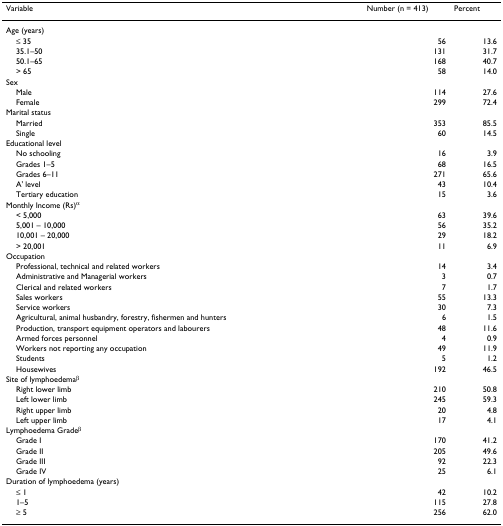
<table><thead><tr><td><b>Variable</b></td><td><b>Number (n = 413)</b></td><td><b>Percent</b></td></tr></thead><tbody><tr><td>Age (years)</td><td></td><td></td></tr><tr><td> ≤ 35</td><td>56</td><td>13.6</td></tr><tr><td> 35.1–50</td><td>131</td><td>31.7</td></tr><tr><td> 50.1–65</td><td>168</td><td>40.7</td></tr><tr><td> &gt; 65</td><td>58</td><td>14.0</td></tr><tr><td>Sex</td><td></td><td></td></tr><tr><td> Male</td><td>114</td><td>27.6</td></tr><tr><td> Female</td><td>299</td><td>72.4</td></tr><tr><td>Marital status</td><td></td><td></td></tr><tr><td> Married</td><td>353</td><td>85.5</td></tr><tr><td> Single</td><td>60</td><td>14.5</td></tr><tr><td>Educational level</td><td></td><td></td></tr><tr><td> No schooling</td><td>16</td><td>3.9</td></tr><tr><td> Grades 1–5</td><td>68</td><td>16.5</td></tr><tr><td> Grades 6–11</td><td>271</td><td>65.6</td></tr><tr><td> A&#x27; level</td><td>43</td><td>10.4</td></tr><tr><td> Tertiary education</td><td>15</td><td>3.6</td></tr><tr><td>Monthly Income (Rs)<sup>α</sup></td><td></td><td></td></tr><tr><td> &lt; 5,000</td><td>63</td><td>39.6</td></tr><tr><td> 5,001 – 10,000</td><td>56</td><td>35.2</td></tr><tr><td> 10,001 – 20,000</td><td>29</td><td>18.2</td></tr><tr><td> &gt; 20,001</td><td>11</td><td>6.9</td></tr><tr><td>Occupation</td><td></td><td></td></tr><tr><td> Professional, technical and related workers</td><td>14</td><td>3.4</td></tr><tr><td> Administrative and Managerial workers</td><td>3</td><td>0.7</td></tr><tr><td> Clerical and related workers</td><td>7</td><td>1.7</td></tr><tr><td> Sales workers</td><td>55</td><td>13.3</td></tr><tr><td> Service workers</td><td>30</td><td>7.3</td></tr><tr><td> Agricultural, animal husbandry, forestry, fishermen and hunters</td><td>6</td><td>1.5</td></tr><tr><td> Production, transport equipment operators and labourers</td><td>48</td><td>11.6</td></tr><tr><td> Armed forces personnel</td><td>4</td><td>0.9</td></tr><tr><td> Workers not reporting any occupation</td><td>49</td><td>11.9</td></tr><tr><td> Students</td><td>5</td><td>1.2</td></tr><tr><td> Housewives</td><td>192</td><td>46.5</td></tr><tr><td>Site of lymphoedema<sup>β</sup></td><td></td><td></td></tr><tr><td> Right lower limb</td><td>210</td><td>50.8</td></tr><tr><td> Left lower limb</td><td>245</td><td>59.3</td></tr><tr><td> Right upper limb</td><td>20</td><td>4.8</td></tr><tr><td> Left upper limb</td><td>17</td><td>4.1</td></tr><tr><td>Lymphoedema Grade<sup>β</sup></td><td></td><td></td></tr><tr><td> Grade I</td><td>170</td><td>41.2</td></tr><tr><td> Grade II</td><td>205</td><td>49.6</td></tr><tr><td> Grade III</td><td>92</td><td>22.3</td></tr><tr><td> Grade IV</td><td>25</td><td>6.1</td></tr><tr><td>Duration of lymphoedema (years)</td><td></td><td></td></tr><tr><td> ≤ 1</td><td>42</td><td>10.2</td></tr><tr><td> 1–5</td><td>115</td><td>27.8</td></tr><tr><td> ≥ 5</td><td>256</td><td>62.0</td></tr></tbody></table>